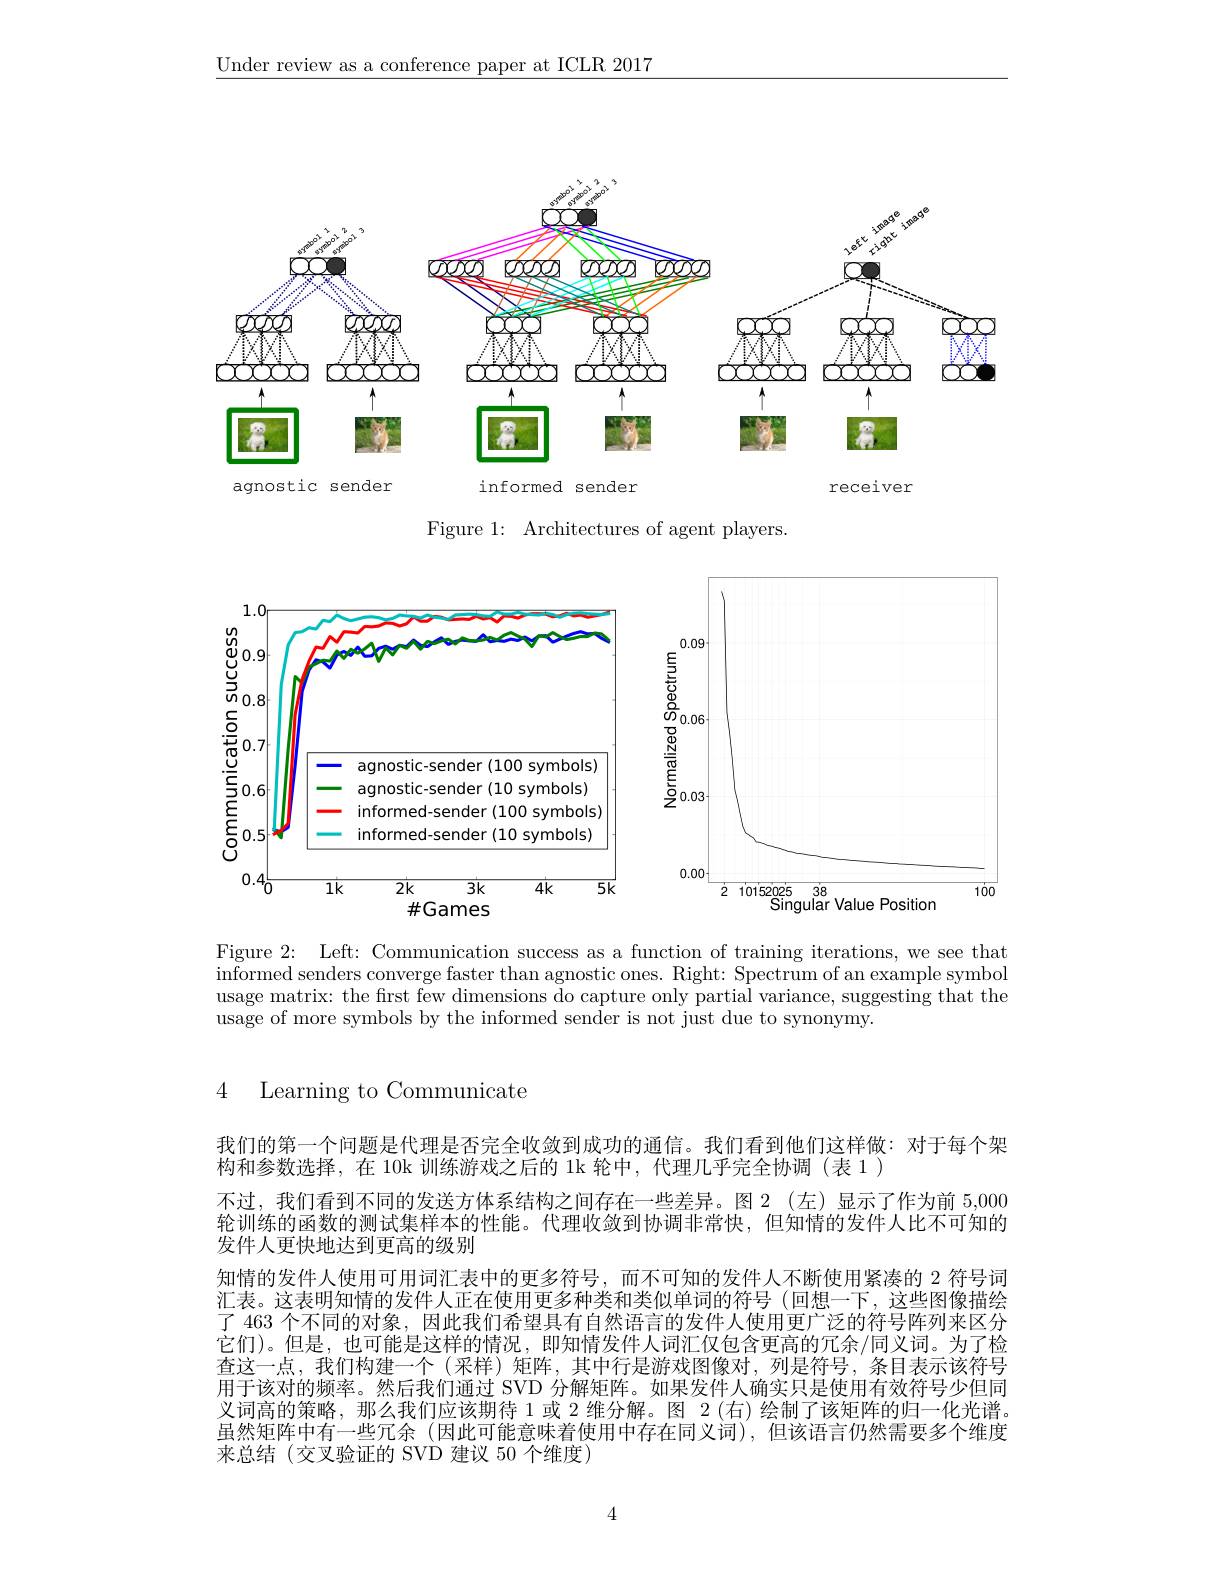
$\underline{\text{Under review as a conference paper at ICLR 2017}}$

<FigureHere>
agnostic sender
informed sender
receiver

Figure 1: Architectures of agent players.

<FigureHere>

Figure 2: Left: Communication success as a function of training iterations, we see that $\begin{array}{c}\text{informed senders converge faster than agnostic ones. Right: Spectrum of an example symbol}\\\end{array}$ usage matrix: the first few dimensions do capture only partial variance, suggesting that the $\bar{\text{usage of more symbols by the informed sender is not just due to synonymy.}}$

4 Learning to Communicate

我们的第一个问题是代理是否完全收敛到成功的通信。我们看到他们这样做：对于每个架
构和参数选择，在 10k 训练游戏之后的 1k 轮中，代理几乎完全协调 (表 1 )
不过，我们看到不同的发送方体系结构之间存在一些差异。图 2(左)显示了作为前 5,000轮训练的函数的测试集样本的性能。代理收敛到协调非常快，但知情的发件人比不可知的发件人更快地达到更高的级别
知情的发件人使用可用词汇表中的更多符号，而不可知的发件人不断使用紧凑的 2 符号词汇表。这表明知情的发件人正在使用更多种类和类似单词的符号(回想一下，这些图像描绘了 463 个不同的对象，因此我们希望具有自然语言的发件人使用更广泛的符号阵列来区分它们)。但是，也可能是这样的情况，即知情发件人词汇仅包含更高的冗余/同义词。为了检查这一点，我们构建一个(采样)矩阵，其中行是游戏图像对，列是符号，条目表示该符号用于该对的频率。然后我们通过 SVD 分解矩阵。如果发件人确实只是使用有效符号少但同义词高的策略，那么我们应该期待 1 或 2 维分解。图 2 (右)绘制了该矩阵的归一化光谱。虽然矩阵中有一些冗余 (因此可能意味着使用中存在同义词),但该语言仍然需要多个维度来总结(交叉验证的 SVD 建议 50 个维度)

4